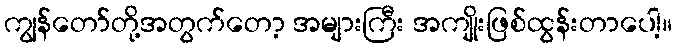
ကျွန်တော်တို့အတွက်တော့ အများကြီး အကျိုးဖြစ်ထွန်းတာပေါ့။